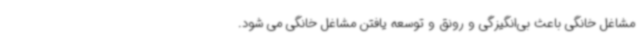
مشاغل خانگی باعث بی‌انگیزگی و رونق و توسعه یافتن مشاغل خانگی می شود.